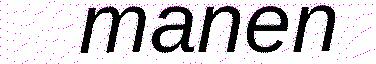
manen